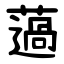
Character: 薖